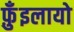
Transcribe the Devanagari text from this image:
फ़ुँइलायो